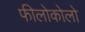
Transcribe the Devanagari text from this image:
फीलोकोलो